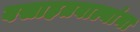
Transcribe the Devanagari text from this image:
वसाहतवाल्यांना